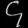
Digit: ၄